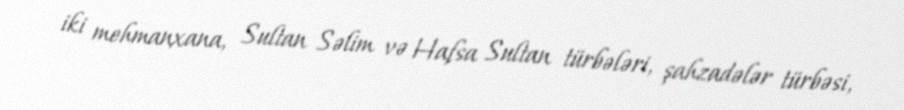
iki mehmanxana, Sultan Səlim və Hafsa Sultan türbələri, şahzadələr türbəsi,